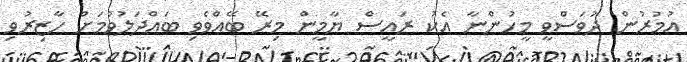
އުމުރުން ދުވަސްވީ މީހުންނާ އެކު ރައީސް ޔާމީން މިރޭ ބޭއްވެވި ބައްދަލުވުމަށް ހާޒިރުވި